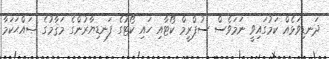
ދަނޑިވަޅެއް ކަމުގައިވީ ނަމަވެސް ސުޕްރީމް ކޯޓާއި ހައި ކޯޓުގެ ފަނޑިޔާރުންގެ މަޤާމުގެ ޞައްޙަކަމާ